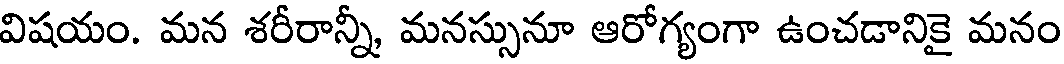
విషయం. మన శరీరాన్నీ, మనస్సునూ ఆరోగ్యంగా ఉంచడానికై మనం